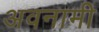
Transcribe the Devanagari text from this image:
अवनामी